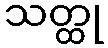
သတ္ထု